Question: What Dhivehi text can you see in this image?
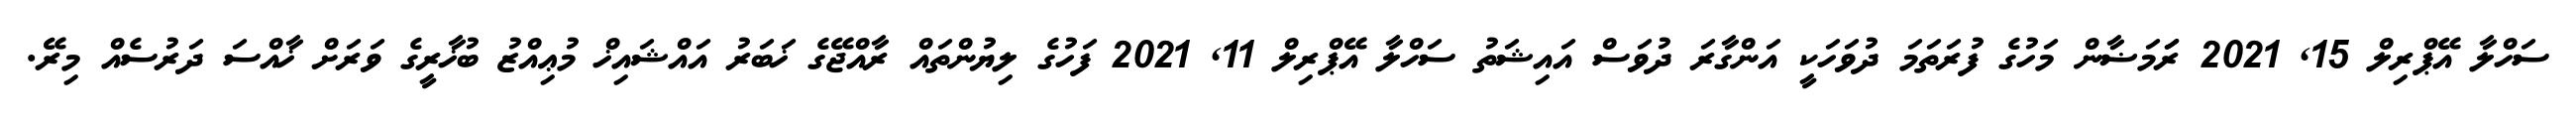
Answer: ސަހްލާ އޭޕްރިލް 15, 2021 ރަަމަޟާން މަހުގެ ފުރަތަމަ ދުވަހަކީ އަންގާރަ ދުވަސް އައިޝަތު ސަހްލާ އޭޕްރިލް 11, 2021 ފަހުގެ ލިޔުންތައް ރާއްޖޭގެ ޚަބަރު އައްޝައިޚް މުޢިއްޒު ބުޚާރީގެ ވަރަށް ޚާއްސަ ދަރުސެއް މިރޭ.